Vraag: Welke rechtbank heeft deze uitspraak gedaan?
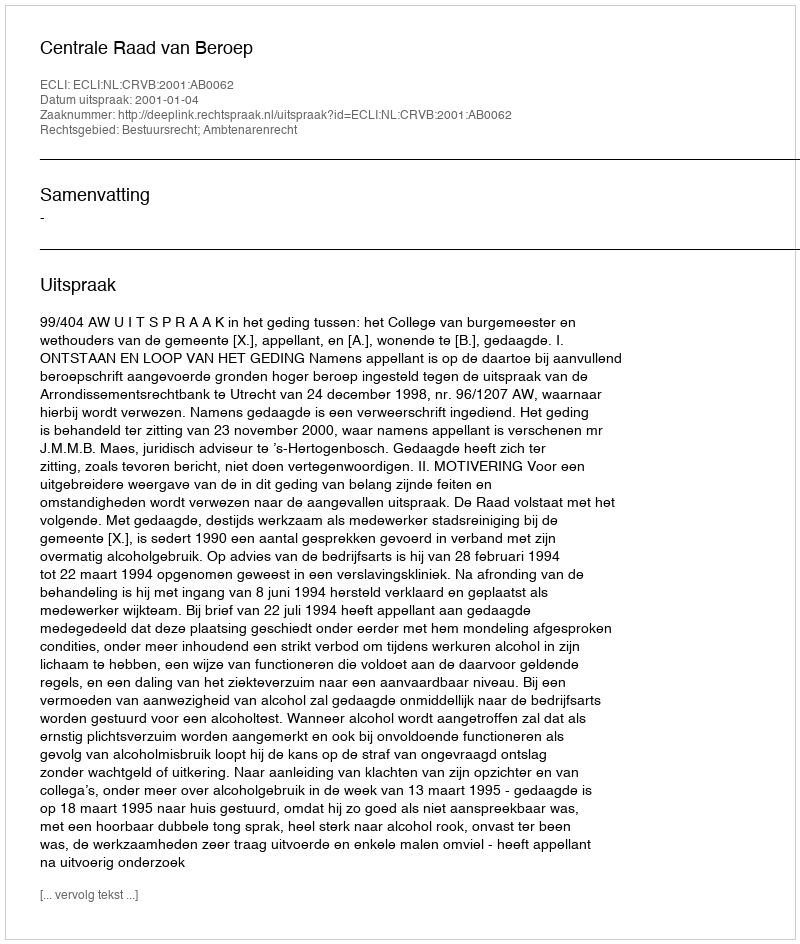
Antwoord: Centrale Raad van Beroep